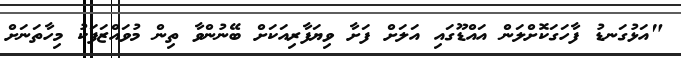
"އަޅުގަނޑު ފާހަގަކޮށްލަން އައްޑޫގައި އަލަށް ފަށާ ވިޔަފާރިއަކަށް ބޭނުންވާ ތިން މުވައްޒަފަކު މިހާތަނަށް